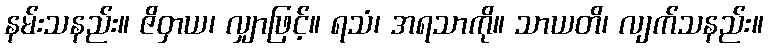
နမ်းသနည်း။ ဇိဝှာယ၊ လျှာဖြင့်။ ရသံ၊ အရသာကို။ သာယတိ၊ လျက်သနည်း။